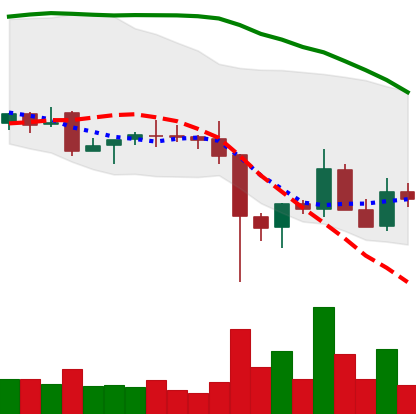
Ticker: EOS-USD
Chart end date: 2021-12-12
Forward return: -5.411%
Label: down_5_7